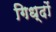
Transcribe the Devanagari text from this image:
गिध्दों